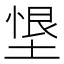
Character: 𭏂